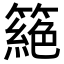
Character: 𥳵